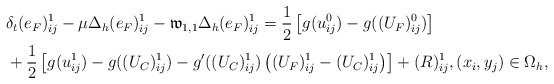
\begin{align*} &\delta_{t}(e_F)^{1}_{ij}-\mu\Delta_{h} (e_F)^{1}_{ij}- \mathfrak{w}_{1,1}\Delta_{h} (e_F)^{1}_{ij} =\frac{1}{2}\left[g(u^0_{ij})-g((U_F)^0_{ij})\right]\\ &+\frac{1}{2}\left[g(u_{ij}^1)-g((U_C)^1_{ij})-g'((U_C)^1_{ij}) \left((U_F)_{ij}^1-(U_C)_{ij}^1\right)\right]+(R)_{ij}^1,(x_i,y_j)\in\Omega_{h}, \end{align*}